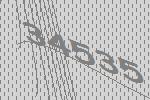
34535